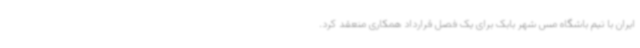
ایران با تیم باشگاه مس شهر بابک برای یک فصل قرارداد همکاری منعقد کرد.